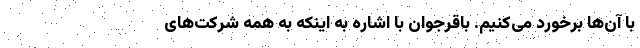
با آن‌ها برخورد می‌کنیم. باقرجوان با اشاره به اینکه به همه شرکت‌های